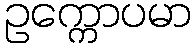
ဥက္ကောပမာ